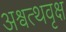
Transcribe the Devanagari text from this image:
अश्वत्थवृक्ष